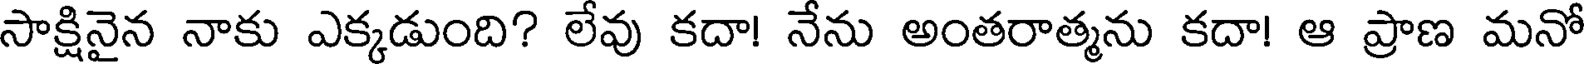
సాక్షినైన నాకు ఎక్కడుంది? లేవు కదా! నేను అంతరాత్మను కదా! ఆ ప్రాణ మనో